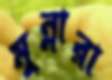
মুন্নারা